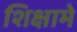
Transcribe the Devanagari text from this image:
शिक्षामे